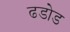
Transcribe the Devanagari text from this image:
ढडोड